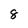
Character: 8